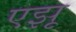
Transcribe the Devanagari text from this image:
एझू